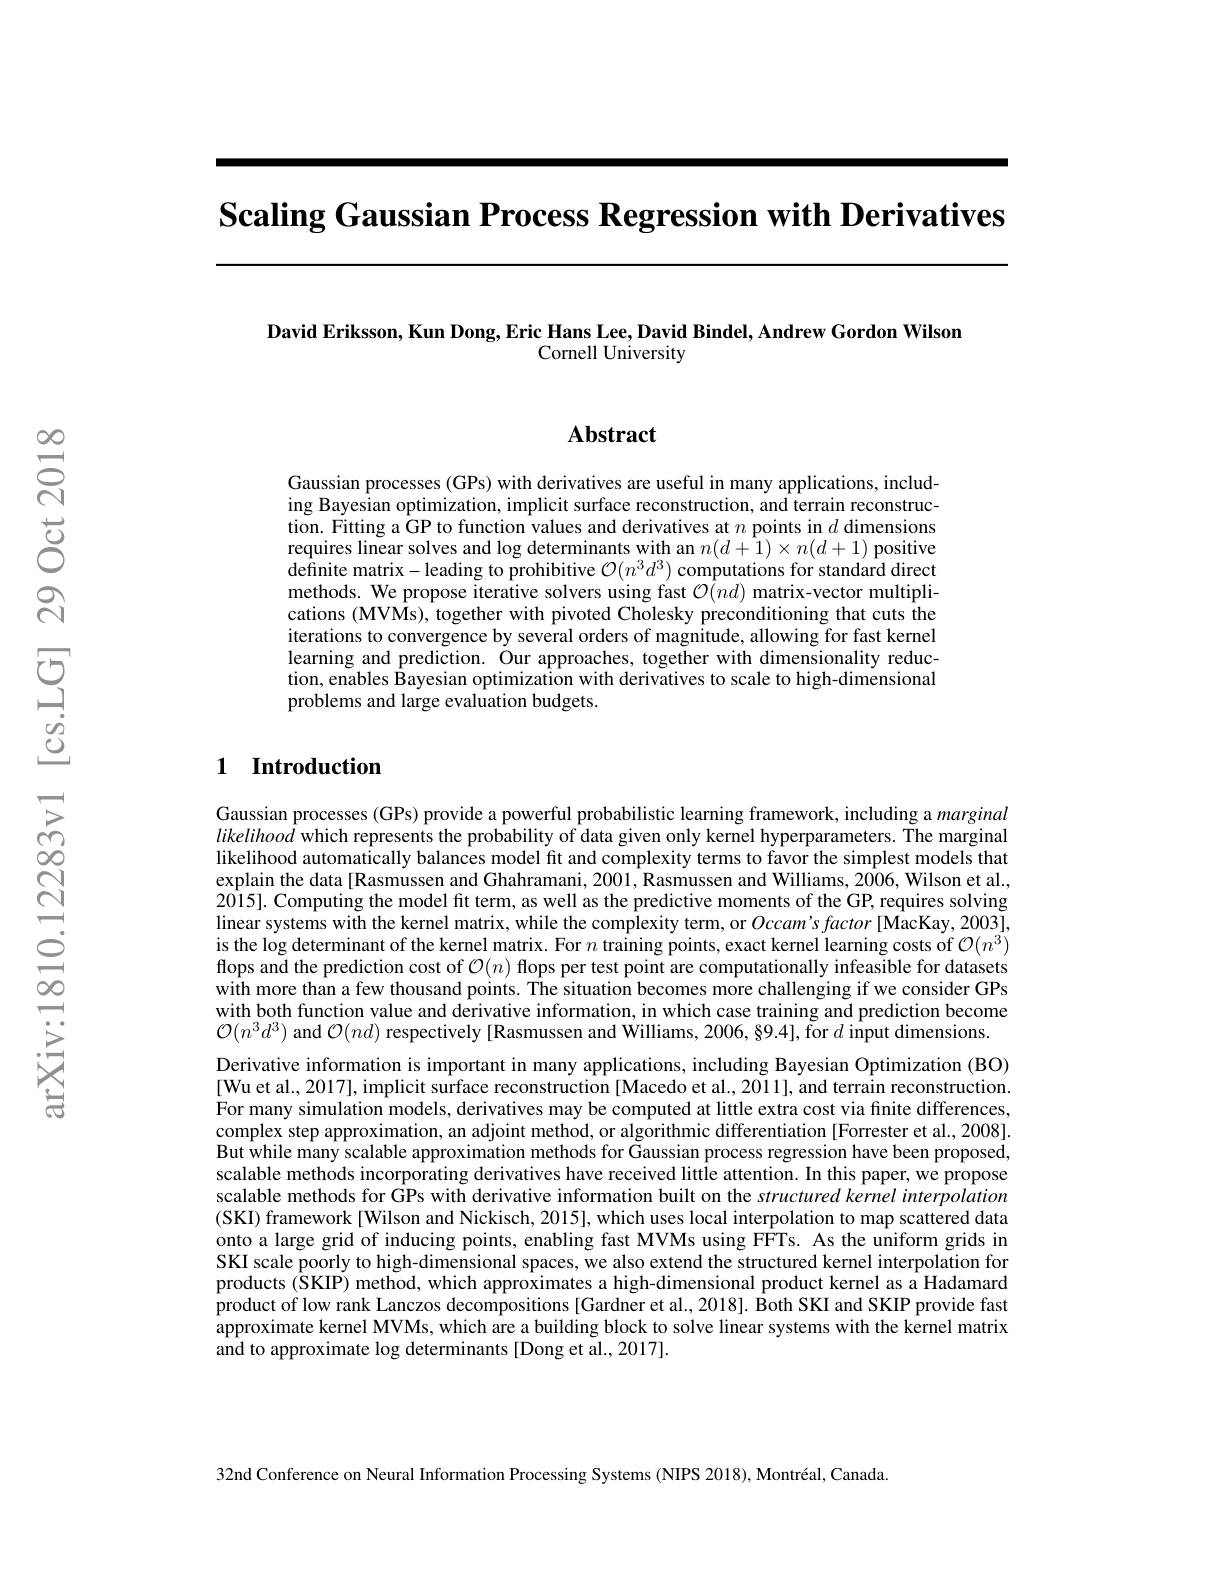
Scaling Gaussian Process Regression with Derivatives

David Eriksson, Kun Dong, Eric Hans Lee, David Bindel, Andrew Gordon Wilson
Cornell University

$స్లి$

### $\mathbf{Abstract}$

Gaussian processes (GPs) with derivatives are useful in many applications, including Bayesian optimization, implicit surface reconstruction, and terrain reconstruction. Fitting a GP to function values and derivatives at $n$ points in $d$ dimensions requires linear solves and log determinants with an $n(\hat{d+1})\times n(d+1)$ positive definite matrix-leading to prohibitive $\mathcal{O}(n^3d^3)$ computations for standard direct methods. We propose iterative solvers using fast $\mathcal{O}(nd)$ matrix-vector multiplications (MVMs), together with pivoted Cholesky preconditioning that cuts the iterations to convergence by several orders of magnitude, allowing for fast kernel learning and prediction. Óur approaches, together with dimensionality reduction, enables Bayesian optimization with derivatives to scale to high-dimensional problems and large evaluation budgets.

## 1 Introduction

Gaussian processes (GPs) provide a powerful probabilistic learning framework, including a marginal likelihood which represents the probability of data given only kernel hyperparameters. The marginal likelihood automatically balances model fit and complexity terms to favor the simplest models that explain the data[Rasmussen and Ghahramani, 2001, Rasmussen and Williams, 2006, Wilson et al., $2\hat{015}].$ Computing the model fit term, as well as the predictive moments of the GP, requires solving linear systems with the kernel matrix, while the complexity term, or $Occam'sfactor$ [MacKay, 2003], is the log determinant of the kernel matrix. For $n$ training points, exact kernel learning costs of $\mathcal{O}(n^3)$ flops and the prediction cost of $\mathcal{O}(n)$ flops per test point are computationally infeasible for datasets with more than a few thousand points. The situation becomes more challenging if we consider GPs with both function value and derivative information, in which case training and prediction become $\mathcal{O}(n^3d^3)$ and $\mathcal{O}(nd)$ respectively [Rasmussen and Williams, 2006, §9.4], Šor $d$ input dimensions.
Derivative information is important in many applications, including Bayesian Optimization (BO) [Wu et al., 2017], implicit surface reconstruction [Macedo et al., 2011], and terrain reconstruction. For many simulation models, derivatives may be computed at little extra cost via finite differences, complex step approximation, an adjoint method, or algorithmic differentiation [Forrester et al., 2008]. But while many scalable approximation methods for Gaussian process regression have been proposed, scalable methods incorporating derivatives have received little attention. In this paper, we propose scalable methods for GPs with derivative information built on the structured kernel interpolation (SKI) framework[Wilson and Nickisch, 2015], which uses local interpolation to map scattered data onto a large grid of inducing points, enabling fast MVMs using FFTs. As the uniform grids in SKI scale poorly to high-dimensional spaces, we also extend the structured kernel interpolation for products ($\hat{\text{SKIP)method, which approximates a high-dimensional product kernel as a Hadamard}}$ product of low rank Lanczos decompositions [Gardner et al.,2018]. Both SKI and SKIP provide fast approximate kernel MVMs, which are a building block to solve linear systems with the kernel matrix and to approximate log determinants [Dong et al., 2017].

32nd Conference on Neural Information Processing Systems (NIPS 2018), Montréal, Canada